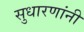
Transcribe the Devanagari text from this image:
सुधारणांनी